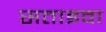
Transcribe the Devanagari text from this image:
सताइवा